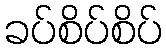
ခပ်စိပ်စိပ်